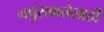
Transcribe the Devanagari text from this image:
नपुंसकतेसाठी